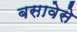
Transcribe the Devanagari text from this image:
बसावेसे